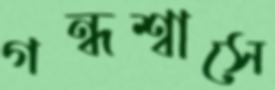
গন্ধশ্বাসে